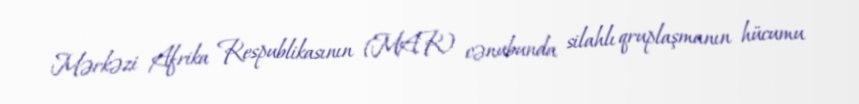
Mərkəzi Afrika Respublikasının (MAR) cənubunda silahlı qruplaşmanın hücumu